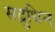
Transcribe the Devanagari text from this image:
सद्रुधिन